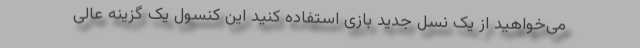
می‌خواهید از یک نسل جدید بازی استفاده کنید این کنسول یک گزینه عالی